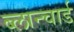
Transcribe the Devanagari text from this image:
ब्लान्चार्ड